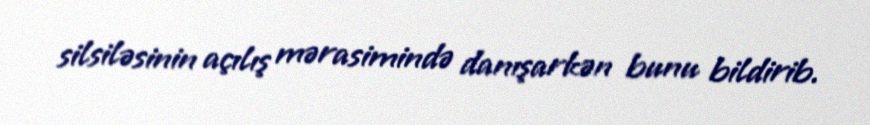
silsiləsinin açılış mərasimində danışarkən bunu bildirib.